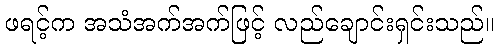
ဖရင့်က အသံအက်အက်ဖြင့် လည်ချောင်းရှင်းသည်။